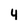
Character: 4